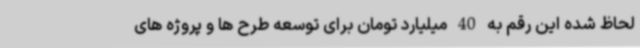
لحاظ شده این رقم به 40 میلیارد تومان برای توسعه طرح ها و پروژه های